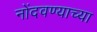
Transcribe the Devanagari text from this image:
नोंदवण्याच्या